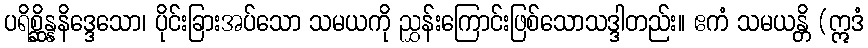
ပရိစ္ဆိန္နနိဒ္ဒေသော၊ ပိုင်းခြားအပ်သော သမယကို ညွှန်းကြောင်းဖြစ်သောသဒ္ဒါတည်း။ ဧကံ သမယန္တိ (ဣဒံ